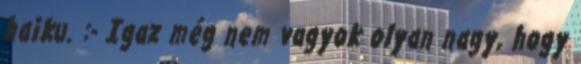
haiku. :- Igaz még nem vagyok olyan nagy, hogy